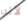
لأنه